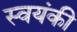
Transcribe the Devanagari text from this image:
स्वयंकी